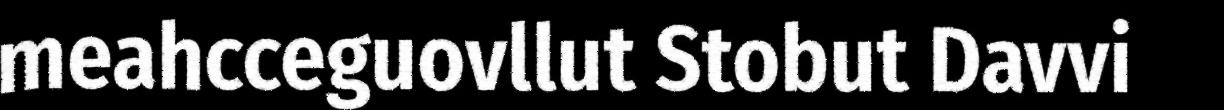
meahcceguovllut Stobut Davvi